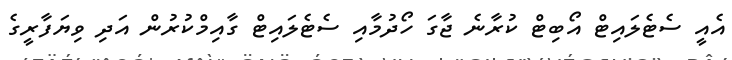
އެއީ ސެޓެލައިޓް އޯބިޓް ކުރާނެ ޖާގަ ހޯދުމާއި ސެޓެލައިޓް ގާއިމްކުރުން އަދި ވިޔަފާރީގެ